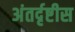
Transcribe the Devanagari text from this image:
अंतर्दृष्टीस